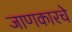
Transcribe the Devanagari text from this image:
जाणकारचे